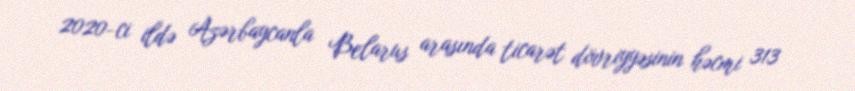
2020-ci ildə Azərbaycanla Belarus arasında ticarət dövriyyəsinin həcmi 313